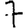
Digit: 7